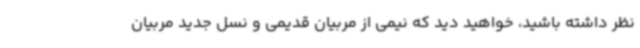
نظر داشته باشید، خواهید دید که نیمی از مربیان قدیمی و نسل جدید مربیان